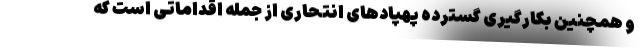
و همچنین بکارگیری گسترده پهپادهای انتحاری از جمله اقداماتی است که